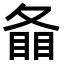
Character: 𥇠